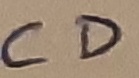
Text: CD